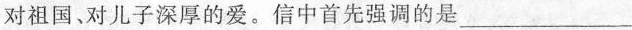
对祖国、对儿子深厚的爱。信中首先强调的是___